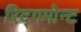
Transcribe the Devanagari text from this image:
रिद्गमोन्ट